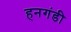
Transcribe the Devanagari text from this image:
हनगंडी